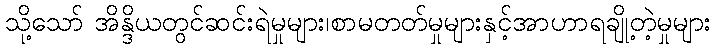
သို့သော် အိန္ဒိယတွင်ဆင်းရဲမှုများ၊စာမတတ်မှုများနှင့်အာဟာရချို့တဲ့မှုများ